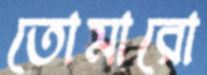
তোমারো